Snake-venoms in relation to hæmolysis - Number 17
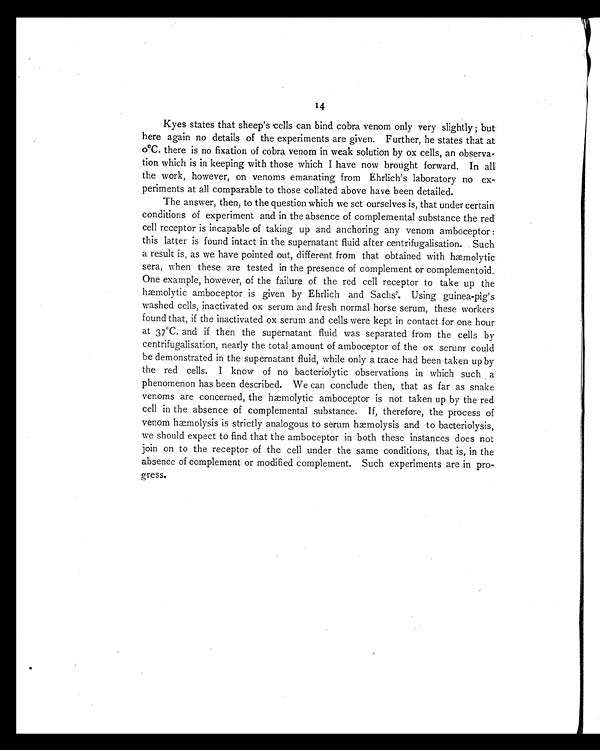
14
Kyes states that sheep's cells can bind cobra venom only very slightly; but
here again no details of the experiments are given. Further, he states that at
0°C. there is no fixation of cobra venom in weak solution by ox cells, an observa-
tion which is in keeping with those which I have now brought forward. In all
the work, however, on venoms emanating from Ehrlich's laboratory no ex-
periments at all comparable to those collated above have been detailed.
The answer, then, to the question which we set ourselves is, that under certain
conditions of experiment and in the absence of complemental substance the red
cell receptor is incapable of taking up and anchoring any venom amboceptor :
this latter is found intact in the supernatant fluid after centrifugalisation. Such
a result is, as we have pointed out, different from that obtained with hæmolytic
sera, when these are tested in the presence of complement or complementoid.
One example, however, of the failure of the red cell receptor to take up the
hæmolytic amboceptor is given by Ehrlich and Sachs 7 . U s i n g g u i n e a - p i g ' s
washed cells, inactivated ox serum and fresh normal horse serum, these workers
found that, if the inactivated ox serum and cells were kept in contact for one hour
at 37ºC. and if then the supernatant fluid was separated from the cells by
centrifugalisation, nearly the total amount of amboceptor of the ox serum could
be demonstrated in the supernatant fluid, while only a trace had been taken up by
the red cells. I know of no bacteriolytic observations in which such a
phenomenon has been described. We can conclude then, that as far as snake
venoms are concerned, the hæmolytic amboceptor is not taken up by the red
cell in the absence of complemental substance. If, therefore, the process of
venom hæmolysis is strictly analogous to serum hæmolysis and to bacteriolysis,
we should expect to find that the amboceptor in both these instances does not
join on to the receptor of the cell under the same conditions, that is, in the
absence of complement or modified complement. Such experiments are in pro
- gress.